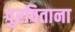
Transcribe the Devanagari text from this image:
पुरविताना